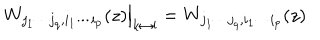
LaTeX: \qquad \left. W _ { j _ { 1 } \cdots j _ { q } , i _ { 1 } \cdots i _ { p } } ( z ) \right| _ { k \leftrightarrow l } = W _ { j _ { 1 } \cdots j _ { q } , i _ { 1 } \cdots i _ { p } } ( z ) \qquad